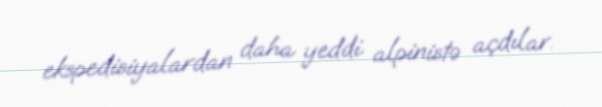
ekspedisiyalardan daha yeddi alpinistə açdılar.